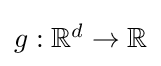
{\textstyle g:\mathbb {R} ^{d}\to \mathbb {R} }